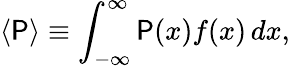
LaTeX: \langle\mathsf{P}\rangle\equiv\int_{-\infty}^{\infty}\mathsf{P}(x)f(x)\, dx,